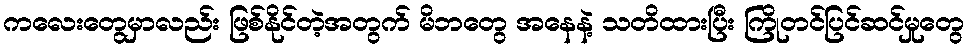
ကလေးတွေမှာလည်း ဖြစ်နိုင်တဲ့အတွက် မိဘတွေ အနေနဲ့ သတိထားပြီး ကြိုတင်ပြင်ဆင်မှုတွေ